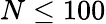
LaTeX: N\leq 100